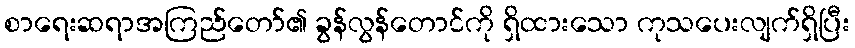
စာရေးဆရာအကြည်တော်၏ ခွန်လွန်တောင်ကို ရှိထားသော ကုသပေးလျက်ရှိပြီး